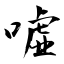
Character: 噓